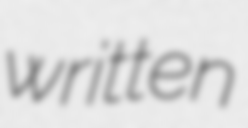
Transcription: written